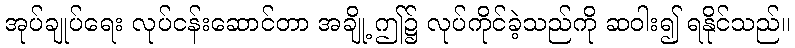
အုပ်ချုပ်ရေး လုပ်ငန်းဆောင်တာ အချို့ ဤ၌ လုပ်ကိုင်ခဲ့သည်ကို ဆဝါး၍ ရနိုင်သည်။